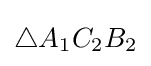
\triangle A_{1}C_{2}B_{2}